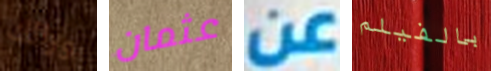
ورائك عثمان عن بالفيلم